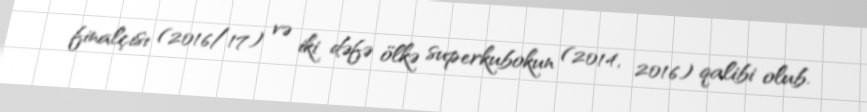
finalçısı (2016/17) və iki dəfə ölkə superkubokun (2014, 2016) qalibi olub.